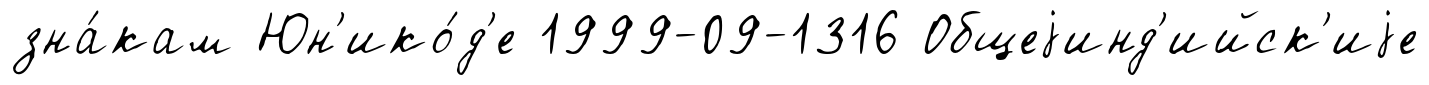
зна́кам Юн'ико́д'е 1999-09-1316 Общеjинд'ийск'иjе